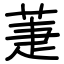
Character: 萐